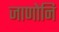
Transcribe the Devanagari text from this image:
जाणोनि